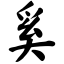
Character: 奚